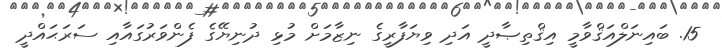
15. ބައިނަލްއަޤްވާމީ އިޤްތިޞާދީ އަދި ވިޔަފާރީގެ ނިޒާމަށް މުޅި ދުނިޔޭގެ ފެންވަރުގައާއި ސަރަޙައްދީ